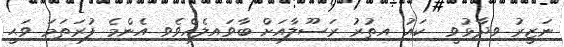
ނަޒީރު ވިދާޅުވީ  ކައު އިތުރު ރަސޫލާއަށް ބާވައިލެއްވެވި އެންމެ ފުރަތަމަ ވަޙީ